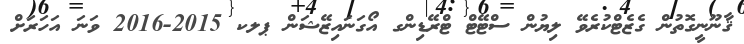
ޤާނޫނީގޮތުން ގެޒެޓްކުރެވޭ ލިޔުން ސްޓޭޓް ޓްރޭޑިންގ އޯގަނައިޒޭޝަން ޕލކ 2015-2016 ވަނަ އަހަރަށް